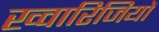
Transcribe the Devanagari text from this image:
ख्वारिजियों